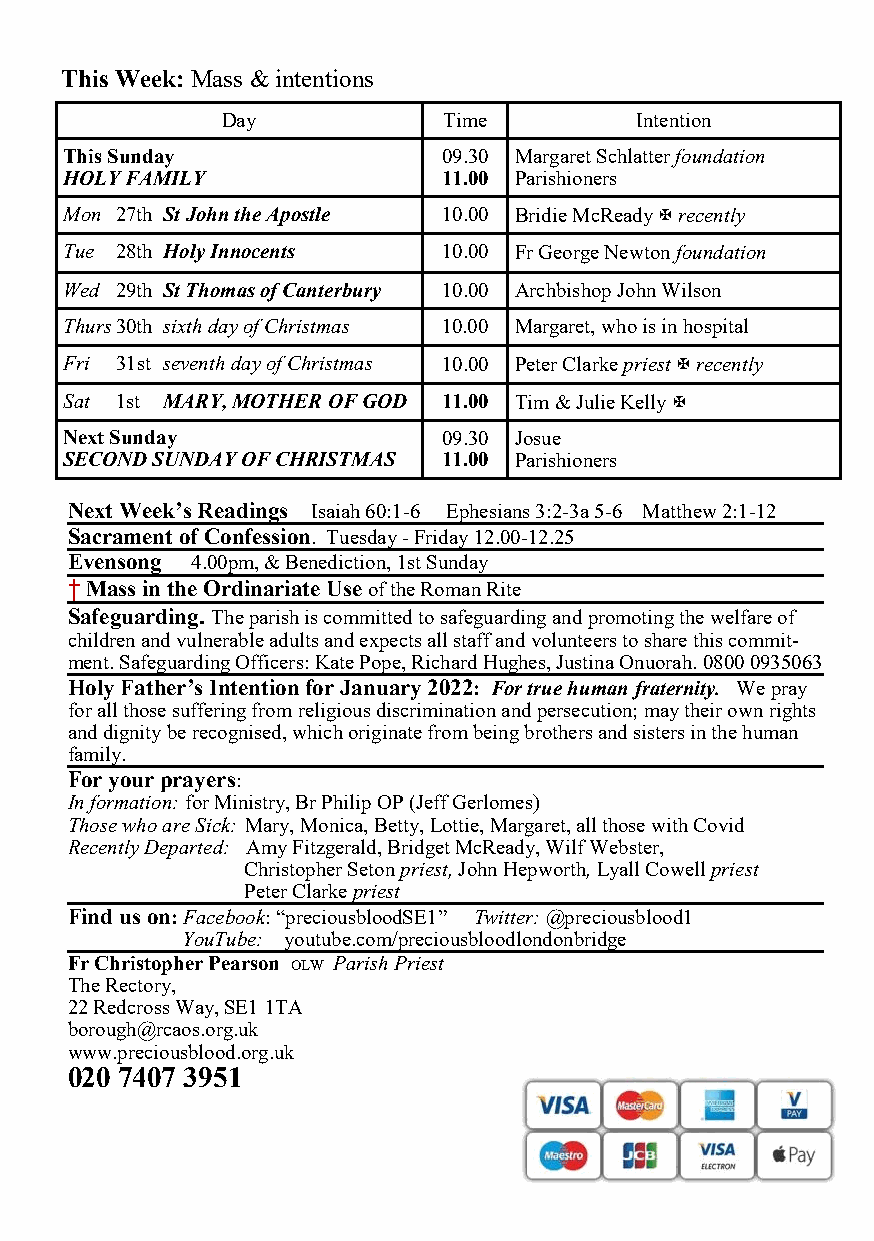
This Week: Mass & intentions
 Day           Time         Intention
 This Sunday              09.30 Margaret Schlatter foundation
 HOLY FAMILY              11.00 Parishioners
 Mon 27th St John the Apostle 10.00 Bridie McReady  recently
 Tue 28th Holy Innocents  10.00 Fr George Newton foundation
 Wed 29th St Thomas of Canterbury 10.00 Archbishop John Wilson
 Thurs 30th sixth day of Christmas 10.00 Margaret, who is in hospital
 Fri 31st seventh day of Christmas 10.00 Peter Clarke priest  recently
 Sat 1st MARY, MOTHER OF GOD 11.00 Tim & Julie Kelly 
 Next Sunday              09.30 Josue
 SECOND SUNDAY OF CHRISTMAS 11.00 Parishioners
 Next Week’s Readings Isaiah 60:1-6 Ephesians 3:2-3a 5-6 Matthew 2:1-12
 Sacrament of Confession. Tuesday - Friday 12.00-12.25
 Evensong 4.00pm, & Benediction, 1st Sunday
 † Mass in the Ordinariate Use of the Roman Rite
 Safeguarding. The parish is committed to safeguarding and promoting the welfare of
 children and vulnerable adults and expects all staff and volunteers to share this commit-
 ment. Safeguarding Officers: Kate Pope, Richard Hughes, Justina Onuorah. 0800 0935063
 Holy Father’s Intention for January 2022: For true human fraternity. We pray
 for all those suffering from religious discrimination and persecution; may their own rights
 and dignity be recognised, which originate from being brothers and sisters in the human
 family.
 For your prayers:
 In formation: for Ministry, Br Philip OP (Jeff Gerlomes)
 Those who are Sick: Mary, Monica, Betty, Lottie, Margaret, all those with Covid
 Recently Departed: Amy Fitzgerald, Bridget McReady, Wilf Webster,
 Christopher Seton priest, John Hepworth, Lyall Cowell priest
 Peter Clarke priest
 Find us on: Facebook: “preciousbloodSE1” Twitter: @preciousblood1
 YouTube: youtube.com/preciousbloodlondonbridge
 Fr Christopher Pearson OLW Parish Priest
 The Rectory,
 22 Redcross Way, SE1 1TA
 borough@rcaos.org.uk
 www.preciousblood.org.uk
 020 7407 3951